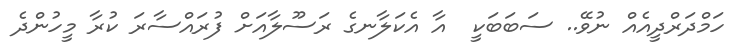
ހަމްދަރްދީއެއް ނުވޭ.. ސަބަބަކީ  އާ އެކަލާނގެ ރަސޫލާއަށް ފުރައްސާރަ ކުރާ މީހުންދެ